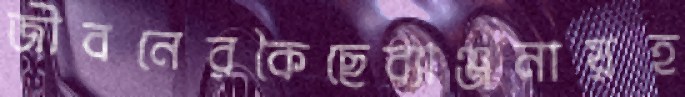
জীবনেরকৈছেব্যাঞ্জনায়হ